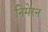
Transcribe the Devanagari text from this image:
निमेरन